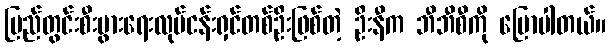
ပြည်တွင်းစီးပွားရေးလုပ်ငန်းရှင်တစ်ဦးဖြစ်တဲ့ ဦးနီက ဘီဘီစီကို ပြောပါတယ်။